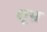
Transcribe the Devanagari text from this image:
शूभ्र